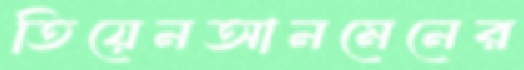
তিয়েনআনমেনের